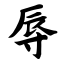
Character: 辱